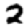
Digit: 2